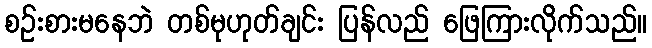
စဉ်းစားမနေဘဲ တစ်မုဟုတ်ချင်း ပြန်လည် ဖြေကြားလိုက်သည်။